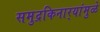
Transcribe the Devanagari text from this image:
समुद्रकिनार्‍यांमुळे